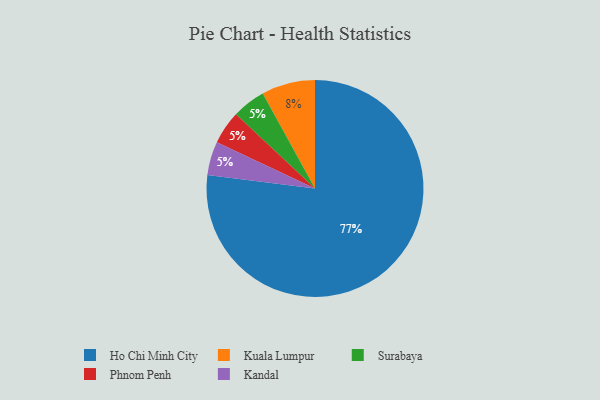
{"axis": {"x": "Category", "y": "Percentage"}, "legend": ["Ho Chi Minh City", "Kandal", "Kuala Lumpur", "Phnom Penh", "Surabaya"], "data": [{"x": "Ho Chi Minh City", "y": 77, "type": "Ho Chi Minh City"}, {"x": "Surabaya", "y": 5, "type": "Surabaya"}, {"x": "Kuala Lumpur", "y": 8, "type": "Kuala Lumpur"}, {"x": "Phnom Penh", "y": 5, "type": "Phnom Penh"}, {"x": "Kandal", "y": 5, "type": "Kandal"}]}